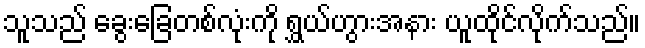
သူသည် ခွေးခြေတစ်လုံးကို ရွှယ်ဟွားအနား ယူထိုင်လိုက်သည်။